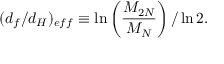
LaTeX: ( d _ { f } / d _ { H } ) _ { e f f } \equiv \ln \left( { \frac { { \cal { M } } _ { 2 N } } { { \cal { M } } _ { N } } } \right) / \ln 2 .